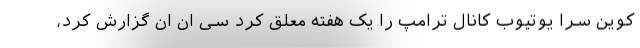
کوین سرا یوتیوب کانال ترامپ را یک هفته معلق کرد سی ان ان گزارش کرد،